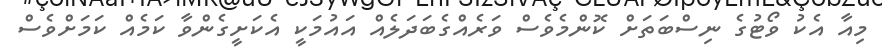
މިއާ އެކު ވޯޓުގެ ނިސްބަތަށް ކޮންމެވެސް ވަރެއްގެބަދަލެއް އައުމަކީ އެކަށީގެންވާ ކަމެއް ކަމަށްވެސް